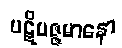
ပဋိပဇ္ဇမာနော